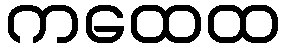
ကထေထ